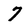
Character: 7